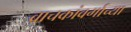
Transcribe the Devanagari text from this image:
वाचकांवर्गाच्या